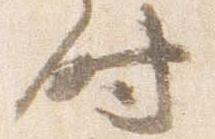
時